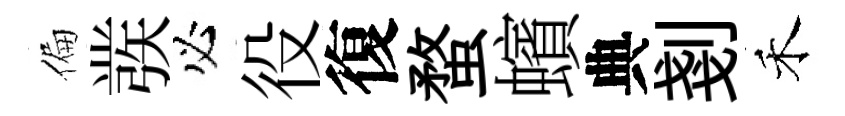
偏彂必役復蝥蠙典剗禾